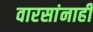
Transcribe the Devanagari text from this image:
वारसांनाही